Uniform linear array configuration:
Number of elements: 4
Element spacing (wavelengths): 1
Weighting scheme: hamming
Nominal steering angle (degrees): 0
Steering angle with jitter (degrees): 0.9427
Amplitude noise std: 0.05
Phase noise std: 0.05

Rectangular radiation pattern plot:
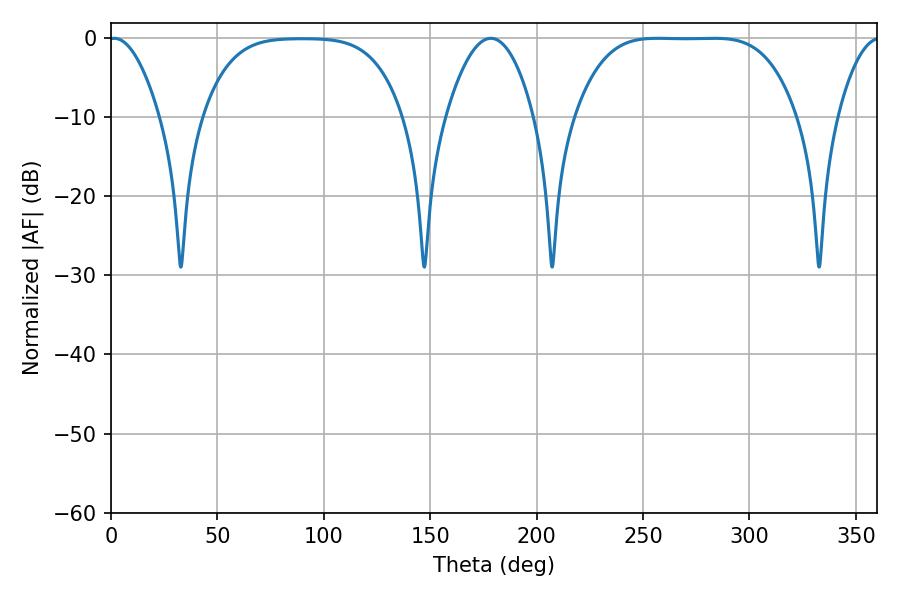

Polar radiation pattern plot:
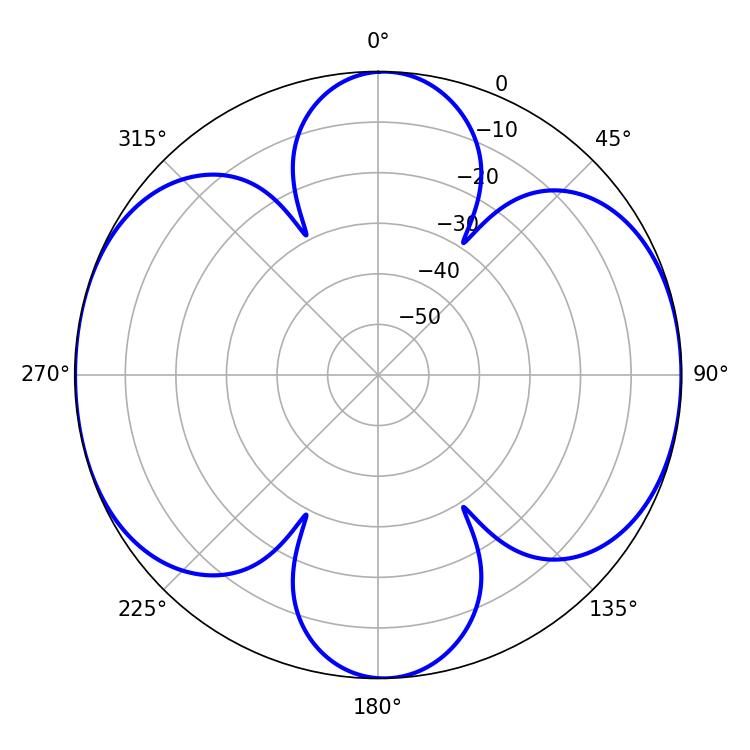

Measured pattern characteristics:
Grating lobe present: TRUE
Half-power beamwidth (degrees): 78.48
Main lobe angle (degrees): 256.86